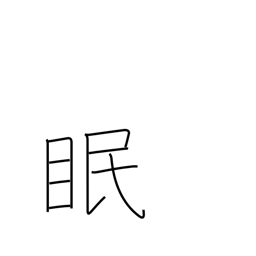
Meaning: sleep